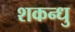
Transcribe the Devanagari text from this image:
शकन्धु